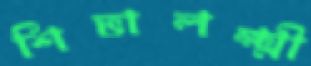
শিভালক্ষ্মী